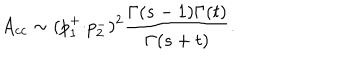
A _ { c c } \sim ( p _ { 1 } ^ { + } { \cdot } p _ { 2 } ^ { - } ) ^ { 2 } \frac { \Gamma ( s - 1 ) \Gamma ( t ) } { \Gamma ( s + t ) } .